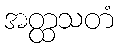
အတ္ထသတံ